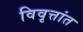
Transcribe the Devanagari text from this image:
विवृत्तांत